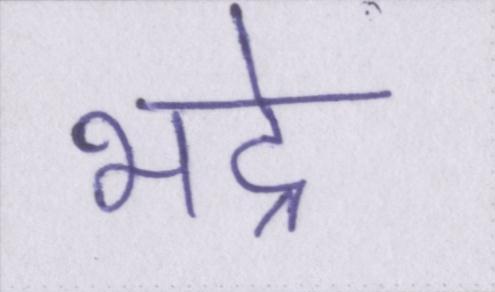
भद्रे